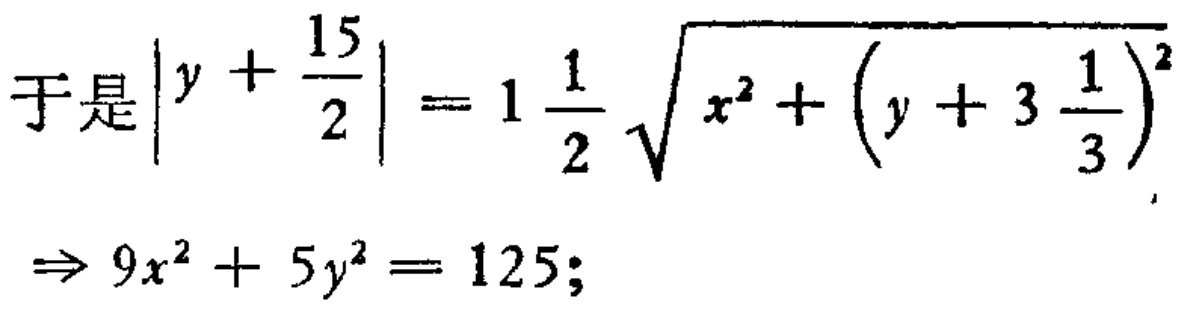
\[
\begin{align*}
\text{于是}\left|y + \frac{15}{2}\right| &= 1\frac{1}{2}\sqrt{x^{2}+\left(y + 3\frac{1}{3}\right)^{2}}\\
\Rightarrow 9x^{2}+ 5y^{2}&= 125;
\end{align*}
\]